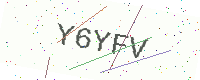
Text: Y6YFV